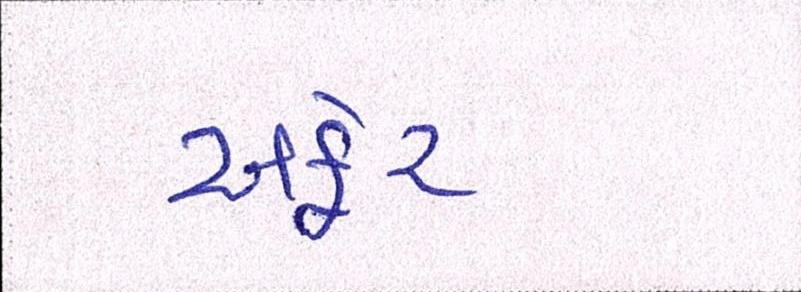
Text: અફેર